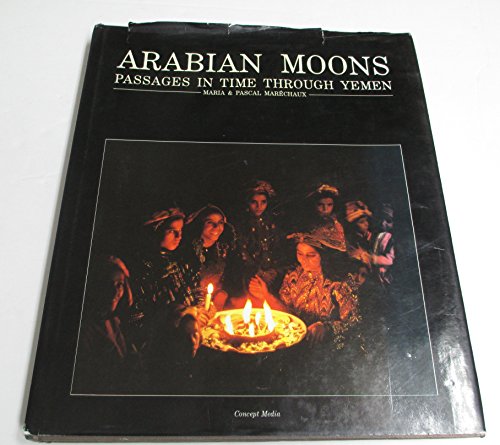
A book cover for Arabian Moons: Passages in Time Through Yemen; Maria Marechaux; Travel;